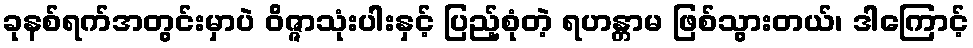
ခုနစ်ရက်အတွင်းမှာပဲ ဝိဇ္ဇာသုံးပါးနှင့် ပြည့်စုံတဲ့ ရဟန္တာမ ဖြစ်သွားတယ်၊ ဒါကြောင့်